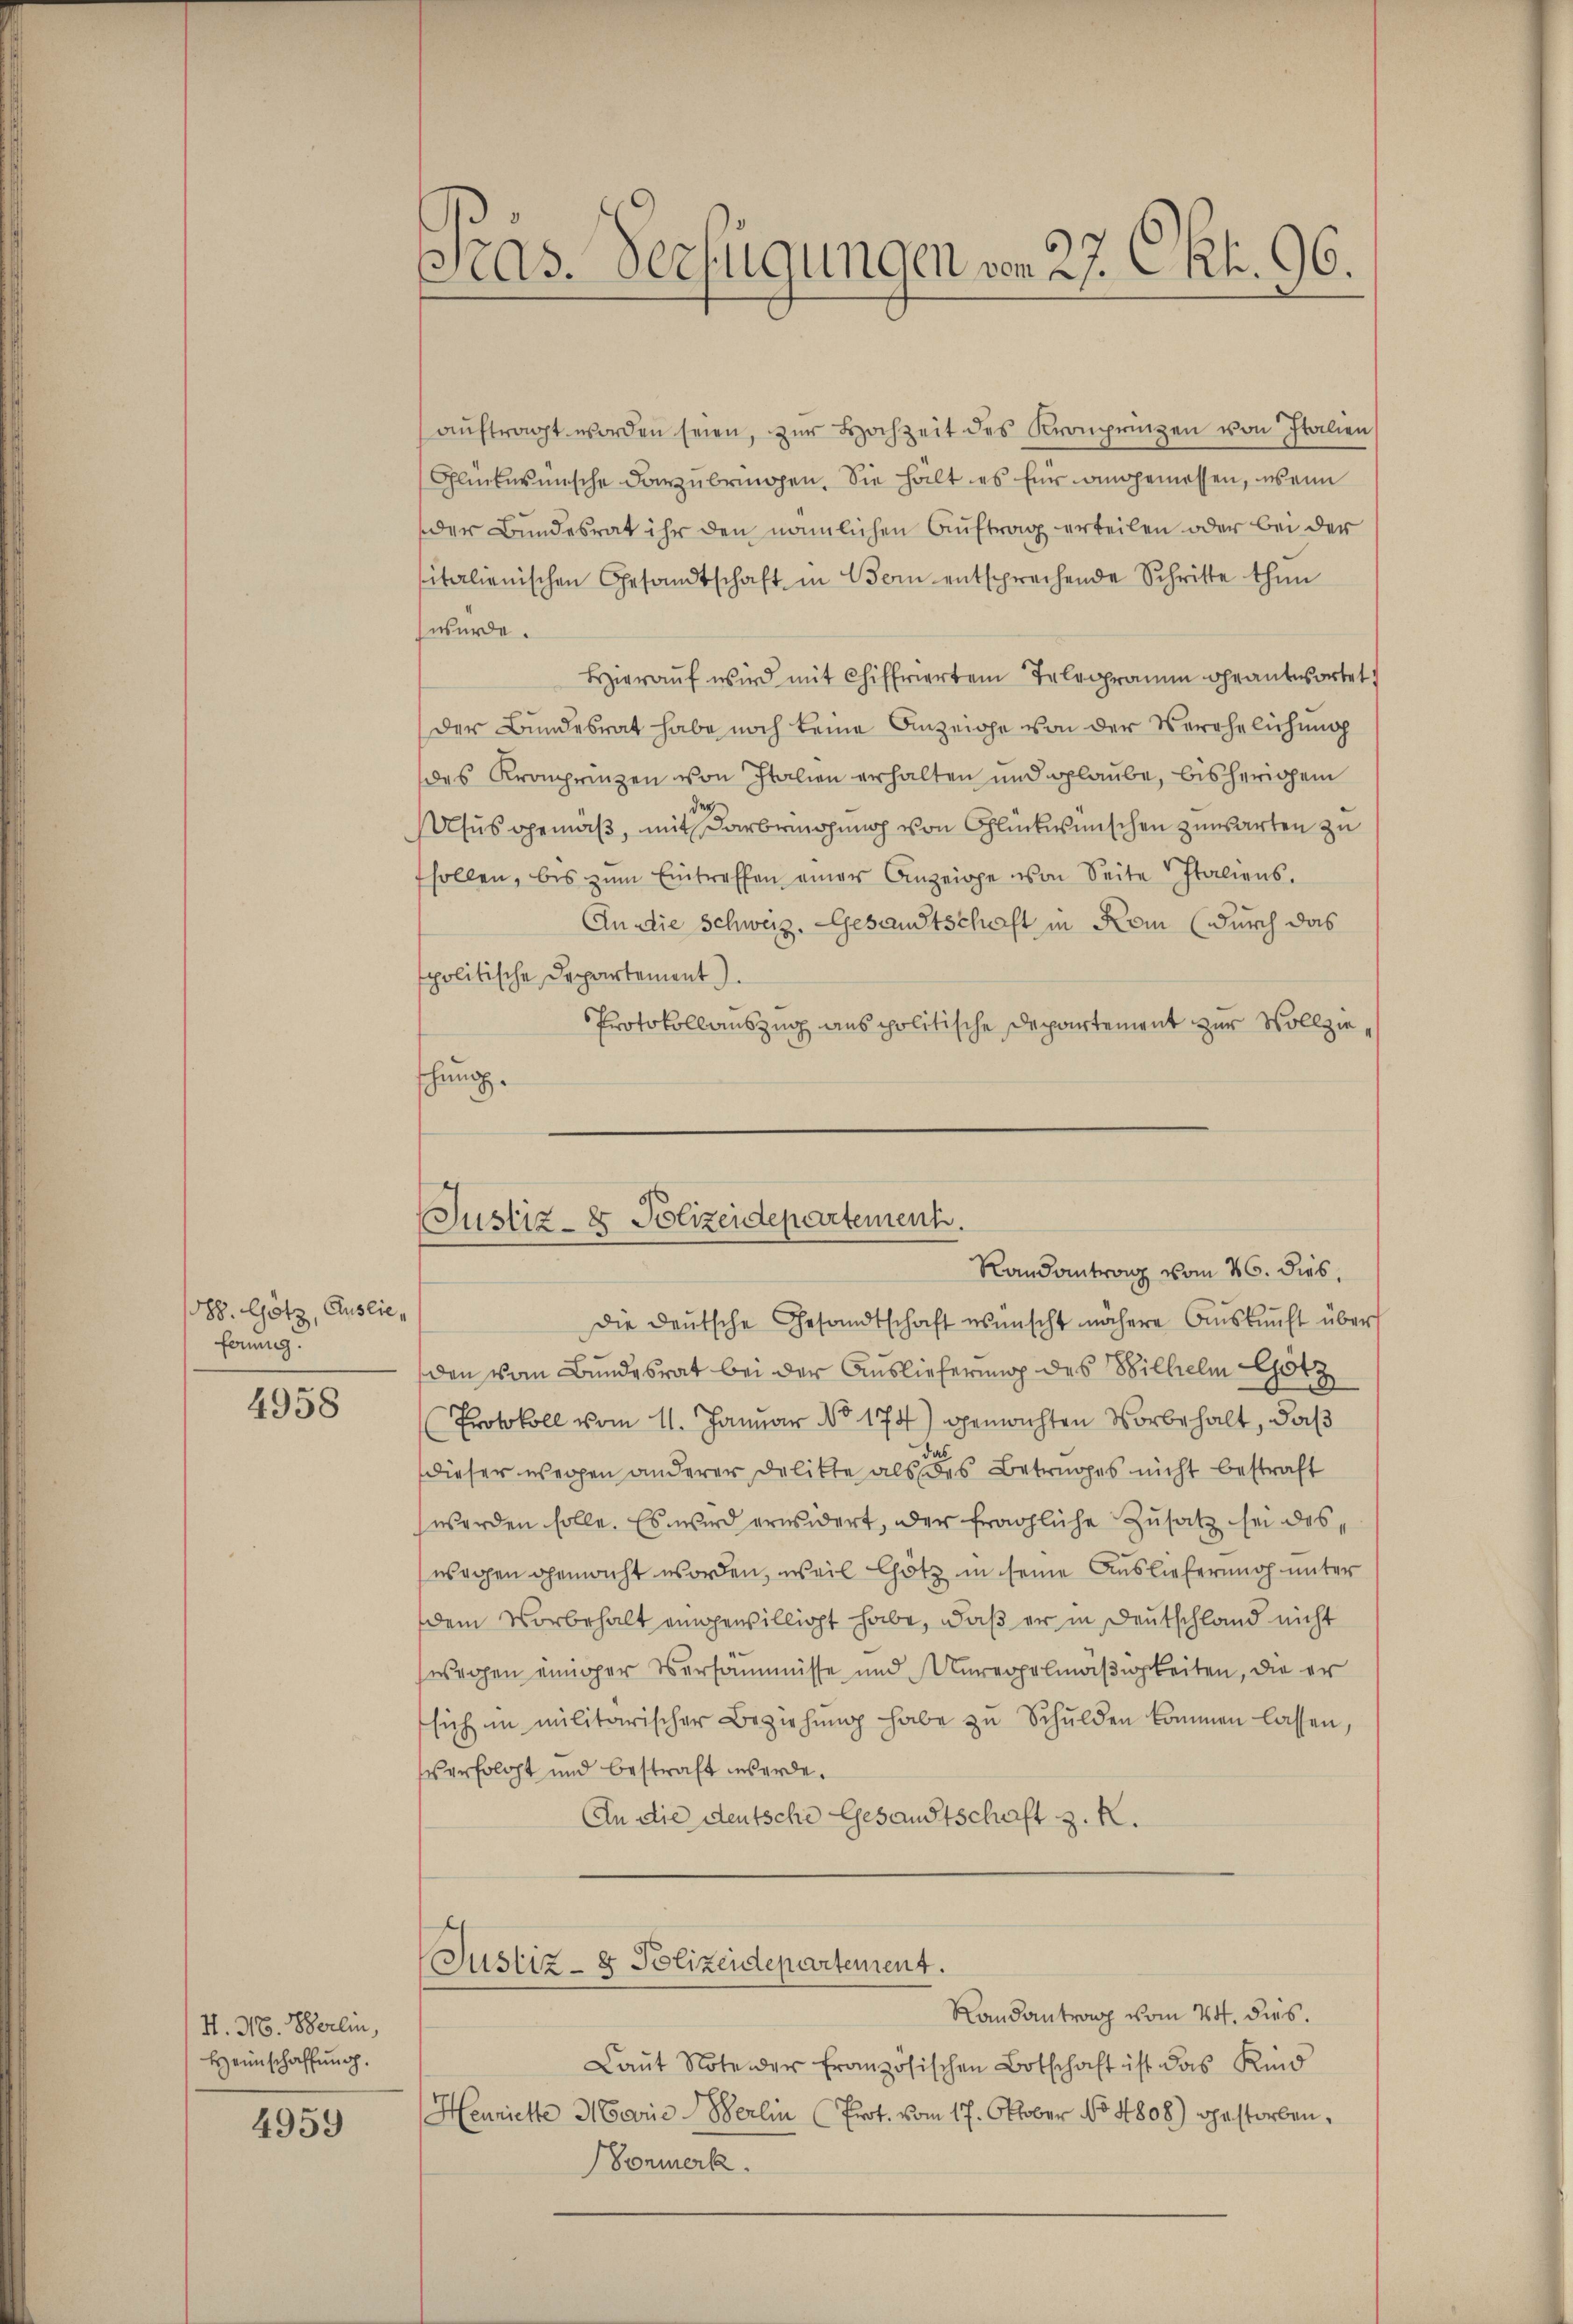
588. Götz, Auslie,
fonnig.

4958

H. N. Berlin,
Heimschaffung.
4959

aŭftragt worden seien, zur Hochzeit des Kronprinzen von Italien
Gluckermische darzubringen. Sie hält es für angemessen, wenn
der Bundesrat ihr den nämlichen Auftrag erteilen oder bei der
sitalienischen Gesandtschaft in Coi entsprechende Schritte thun
würde.
Hieraŭf wird mit Chiffrierten Telegramm geantwortet.
Der Bundesrat habe noch keine Anzeige von der Verehelichung
des Kronprinzen von Italien erhalten und glaube, bisherigem
der
Asus gemäß, mit Darbringung von Glücksmischen zuwarten zu
sollen, bis zŭm Eintreffen einer Anzeige von Seite Italiens.
An die Schweiz. Gesandtschaft in Rom (durch das
spolitische Departement
Protokollauszug aus politische Departement zur Vollzieschung.

as. Verfügungen vom 27. Okt. 96.

Justiz- & Polizeidepartement.
Randantrag vom 26. dies,

Die Deutsche Gesandtschaft wünscht nähere Aŭskŭnft über
den vom Bundesrat bei der Auslieferung des Wilhelm Gotz
Protokoll vom 11. Januar No 174) gemachten Vorbehalt, daß
da
dieser wegen anderer Delitte als des Betrages nicht bestraft
werden solle. Es wird erwidert, der fragliche Zusatz sei des
wegen gemacht worden, weil Götz in seine Auslieferung unter
dem Vorbehalt eingewilligt habe, daß er in Deutschland nicht
wegen einiger Versammüsse und Unregelmäßigkeiten, die er
sich in militarischer Beziehŭng habe zu Schulden kommen lassen
verfolgt und bestraft werde.
An die deutsche Gesandtschaft z. K.

Justiz- & Polizeidepartement.

Randantrag vom 24. dies.
Laut Note der französischen Botschaft ist das Kind
Henriette Marie Berlin (Prot. vom 17. Oktober No. 4808) gestorben.
onmerk.